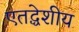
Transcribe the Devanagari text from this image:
एतद्धेशीय